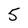
Character: 5